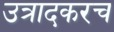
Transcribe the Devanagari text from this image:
उत्रादकरच